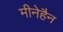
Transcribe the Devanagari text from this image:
मीनेहैन